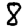
Digit: 8